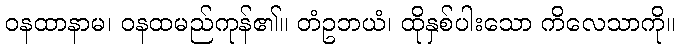
ဝနထာနာမ၊ ဝနထမည်ကုန်၏။ တံဥဘယံ၊ ထိုနှစ်ပါးသော ကိလေသာကို။